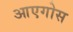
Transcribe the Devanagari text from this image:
आएगोस